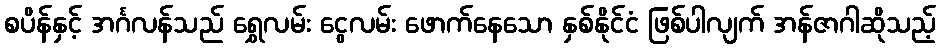
စပိန်နှင့် အင်္ဂလန်သည် ရွှေလမ်း ငွေလမ်း ဖောက်နေသော နှစ်နိုင်ငံ ဖြစ်ပါလျက် အန်ဇာဂါဆိုသည့်